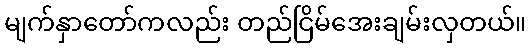
မျက်နှာတော်ကလည်း တည်ငြိမ်အေးချမ်းလှတယ်။